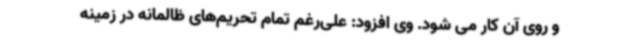
و روی آن کار می شود. وی افزود: علی‌رغم تمام تحریم‌های ظالمانه در زمینه